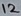
Text: 12